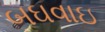
બઘવાઇ